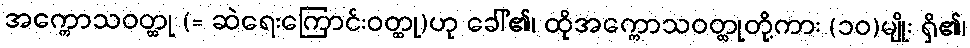
အက္ကောသဝတ္ထု (= ဆဲရေးကြောင်းဝတ္ထု)ဟု ခေါ်၏၊ ထိုအက္ကောသဝတ္ထုတို့ကား (၁၀)မျိုး ရှိ၏၊